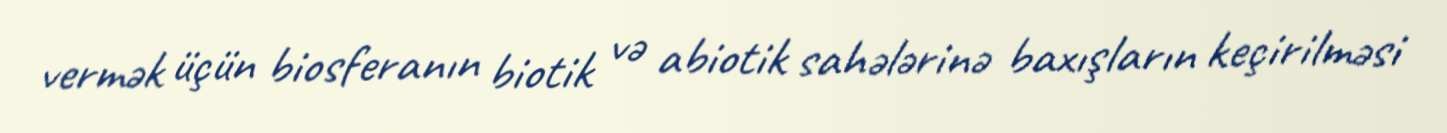
vermək üçün biosferanın biotik və abiotik sahələrinə baxışların keçirilməsi